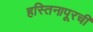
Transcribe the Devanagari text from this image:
हस्तिनापूरची